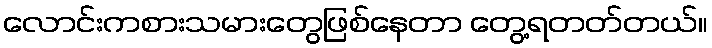
လောင်းကစားသမားတွေဖြစ်နေတာ တွေ့ရတတ်တယ်။